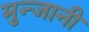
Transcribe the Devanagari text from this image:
मुन्जानी